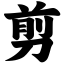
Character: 剪